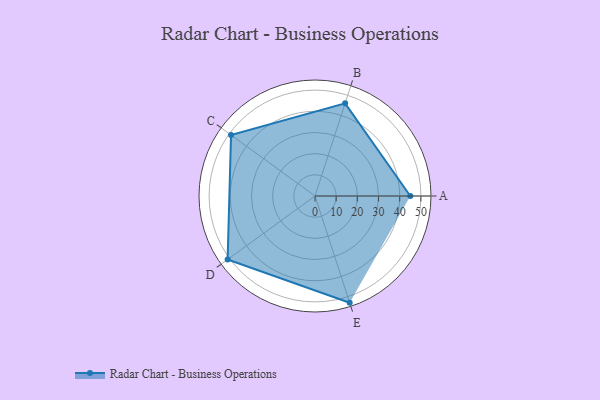
{"axis": {"x": "Skill", "y": "Score"}, "legend": ["Profile"], "data": [{"x": "A", "y": 45.0, "type": "Profile"}, {"x": "B", "y": 46.0, "type": "Profile"}, {"x": "C", "y": 49.0, "type": "Profile"}, {"x": "D", "y": 51.0, "type": "Profile"}, {"x": "E", "y": 53.0, "type": "Profile"}]}